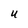
Character: U